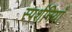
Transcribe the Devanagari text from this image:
स्पर्शनियाँ